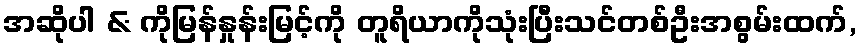
အဆိုပါ & ကိုမြန်နှုန်းမြင့်ကို တူရိယာကိုသုံးပြီးသင်တစ်ဦးအစွမ်းထက်,